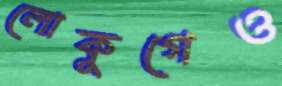
লোকুগেও